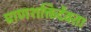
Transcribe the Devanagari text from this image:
प्राणशक्तिर्देवता